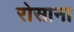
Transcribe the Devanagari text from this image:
रोसाना